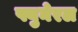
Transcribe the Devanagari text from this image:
फ्युनेरल